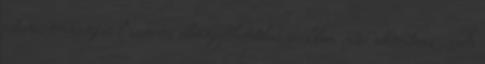
isteni, önmagával azonos elvegyíthetetlen szellem núsz akératosz . A